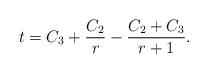
LaTeX: \begin{align*}t=C_3 +\frac{C_2 }{r} -\frac{C_2+ C_3 }{r+1}.\end{align*}